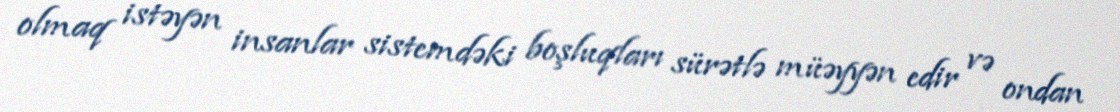
olmaq istəyən insanlar sistemdəki boşluqları sürətlə müəyyən edir və ondan